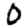
Digit: 0